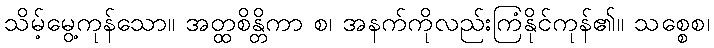
သိမ့်မွေ့ကုန်သော။ အတ္ထစိန္တိကာ စ၊ အနက်ကိုလည်းကြံနိုင်ကုန်၏။ သစ္စေစ၊